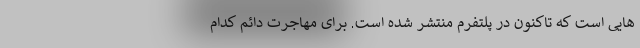
هایی است که تاکنون در پلتفرم منتشر شده است. برای مهاجرت دائم کدام